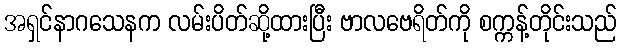
အရှင်နာဂသေနက လမ်းပိတ်ဆို့ထားပြီး ဗာလဗေရိတ်ကို စက္ကန့်တိုင်းသည်